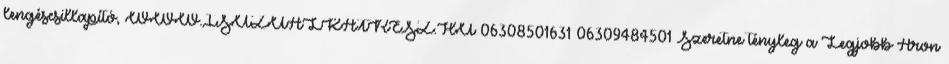
lengéscsillapító, WWW.ISUZUALKATRESZ.HU 06308501631 06309484501 Szeretne tényleg a Legjobb Áron